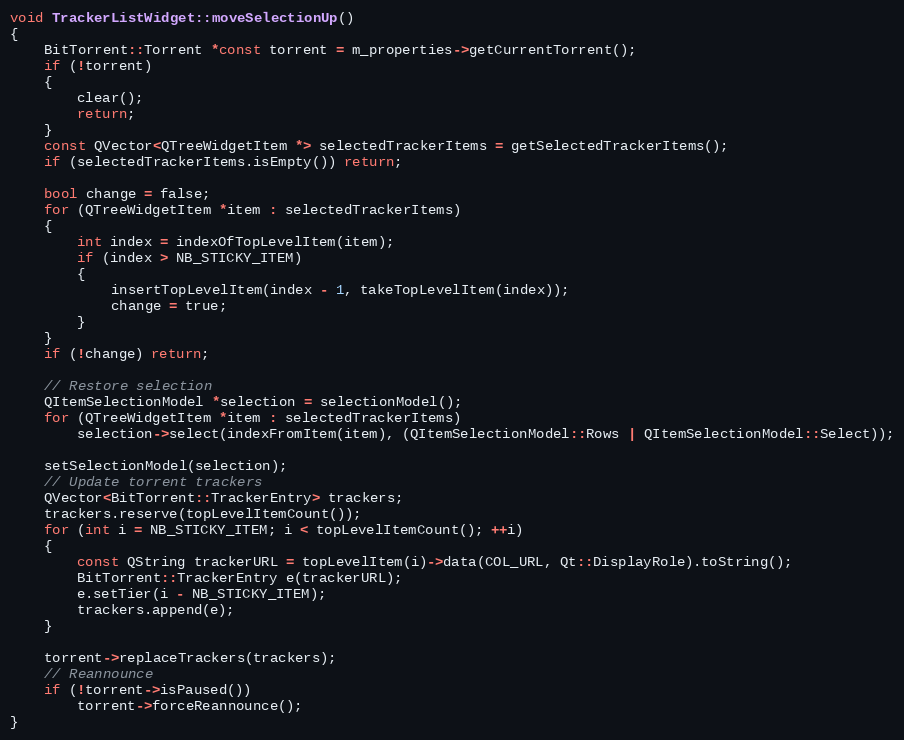
Language: C++
void TrackerListWidget::moveSelectionUp()
{
    BitTorrent::Torrent *const torrent = m_properties->getCurrentTorrent();
    if (!torrent)
    {
        clear();
        return;
    }
    const QVector<QTreeWidgetItem *> selectedTrackerItems = getSelectedTrackerItems();
    if (selectedTrackerItems.isEmpty()) return;

    bool change = false;
    for (QTreeWidgetItem *item : selectedTrackerItems)
    {
        int index = indexOfTopLevelItem(item);
        if (index > NB_STICKY_ITEM)
        {
            insertTopLevelItem(index - 1, takeTopLevelItem(index));
            change = true;
        }
    }
    if (!change) return;

    // Restore selection
    QItemSelectionModel *selection = selectionModel();
    for (QTreeWidgetItem *item : selectedTrackerItems)
        selection->select(indexFromItem(item), (QItemSelectionModel::Rows | QItemSelectionModel::Select));

    setSelectionModel(selection);
    // Update torrent trackers
    QVector<BitTorrent::TrackerEntry> trackers;
    trackers.reserve(topLevelItemCount());
    for (int i = NB_STICKY_ITEM; i < topLevelItemCount(); ++i)
    {
        const QString trackerURL = topLevelItem(i)->data(COL_URL, Qt::DisplayRole).toString();
        BitTorrent::TrackerEntry e(trackerURL);
        e.setTier(i - NB_STICKY_ITEM);
        trackers.append(e);
    }

    torrent->replaceTrackers(trackers);
    // Reannounce
    if (!torrent->isPaused())
        torrent->forceReannounce();
}